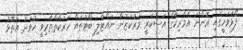
ފޯޅަވަހީގައި އޮންނަ އެމެރިކާގެ އަސްކަރީ މަރުކަޒުން ނައްޓާލި ބޯޓުތައް ހަރަކާތްތެރިވީ ހުވަދު އަތޮޅު